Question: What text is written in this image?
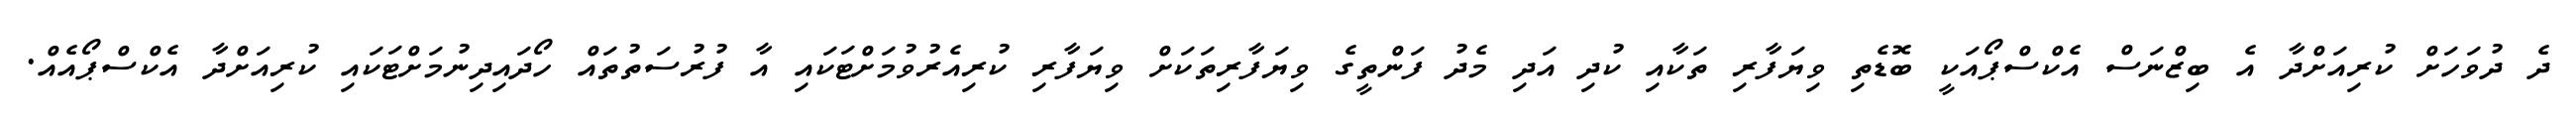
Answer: ދެ ދުވަހަށް ކުރިއަށްދާ އެ ބިޒްނަސް އެކްސްޕޯއަކީ ބޮޑެތި ވިޔަފާރި ތަކާއި ކުދި އަދި މެދު ފަންތީގެ ވިޔަފާރިތަކަށް ވިޔަފާރި ކުރިއެރުވުމަށްޓަކައި އާ ފުރުސަތުތައް ހޯދައިދިނުމަށްޓަކައި ކުރިއަށްދާ އެކްސްޕޯއެއް.